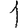
Digit: 1